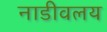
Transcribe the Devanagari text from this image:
नाडीवलय